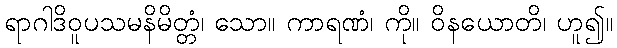
ရာဂါဒိဝူပသမနိမိတ္တံ၊ သော။ ကာရဏံ၊ ကို။ ဝိနယောတိ၊ ဟူ၍။